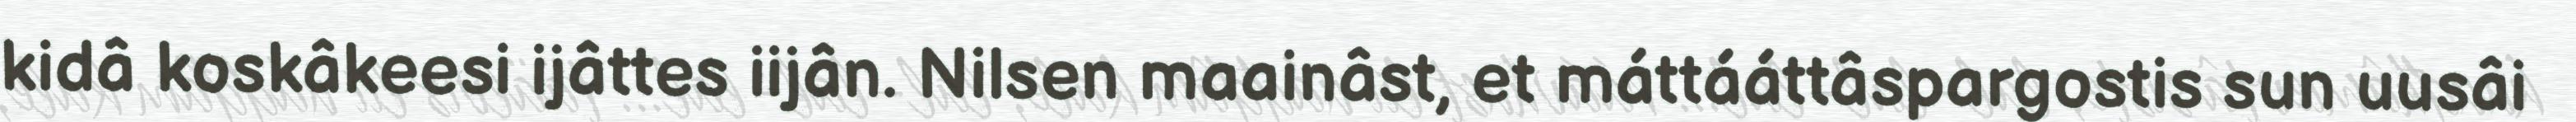
kidâ koskâkeesi ijâttes iijân. Nilsen maainâst, et máttááttâspargostis sun uusâi